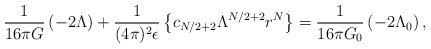
\begin{align*}{1\over 16\pi G}\left(-2\Lambda\right) +{1 \over (4\pi)^2\epsilon}\left\{c_{N/2+2} \Lambda^{N/2+2}r^N \right\}={1\over 16\pi G_0}\left(-2\Lambda_0\right),\end{align*}